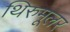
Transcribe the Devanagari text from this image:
थिरुमूलर